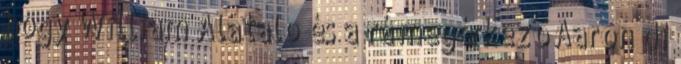
hogy William Alatalo és a rá megérkező Aaron di